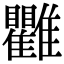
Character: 𩁯